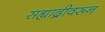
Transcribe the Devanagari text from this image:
सह्याद्रीवरून